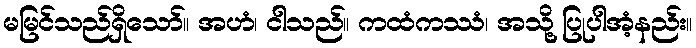
မမြင်သည်ရှိသော်။ အဟံ၊ ငါသည်။ ကထံကဿံ၊ အသို့ ပြုပါအံ့နည်း။